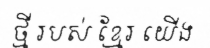
ថ្មី របស់ ខ្មែរ យើង